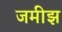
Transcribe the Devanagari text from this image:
जमीझ